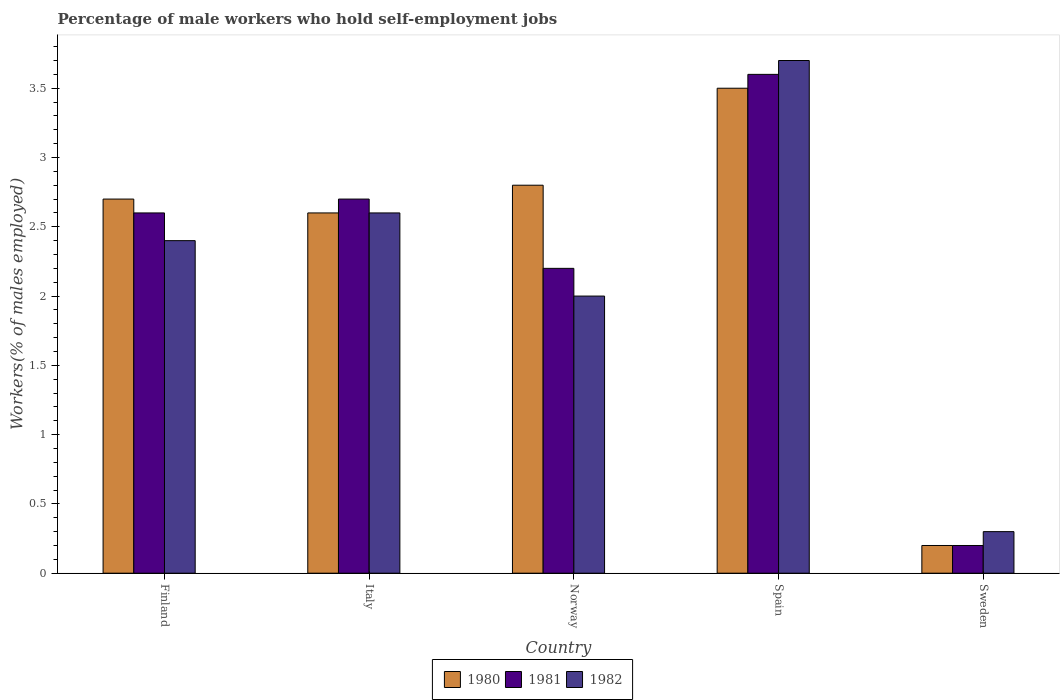
| Country | 1980 | 1981 | 1982 |
 | --- | --- | --- | --- |
 | Finland | 2.7 | 2.6 | 2.4 |
 | Italy | 2.6 | 2.7 | 2.6 |
 | Norway | 2.8 | 2.2 | 2 |
 | Spain | 3.5 | 3.6 | 3.7 |
 | Sweden | 0.2 | 0.2 | 0.3 |